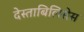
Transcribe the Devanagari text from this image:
देस्ताबिलिसेस